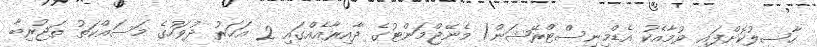
ހާސިލުކޮށްފައި ވުމާއެކު އެޑްމިނިސްޓްރޭޝަން/ މެނޭޖްމަންޓުގެ ދާއިރާއެއްގައި 2 އަހަރު ދުވަހުގެ މަސައްކަތު ތަޖުރިބާ